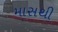
માસથી